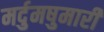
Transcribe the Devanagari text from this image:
मर्दुमषुमारी